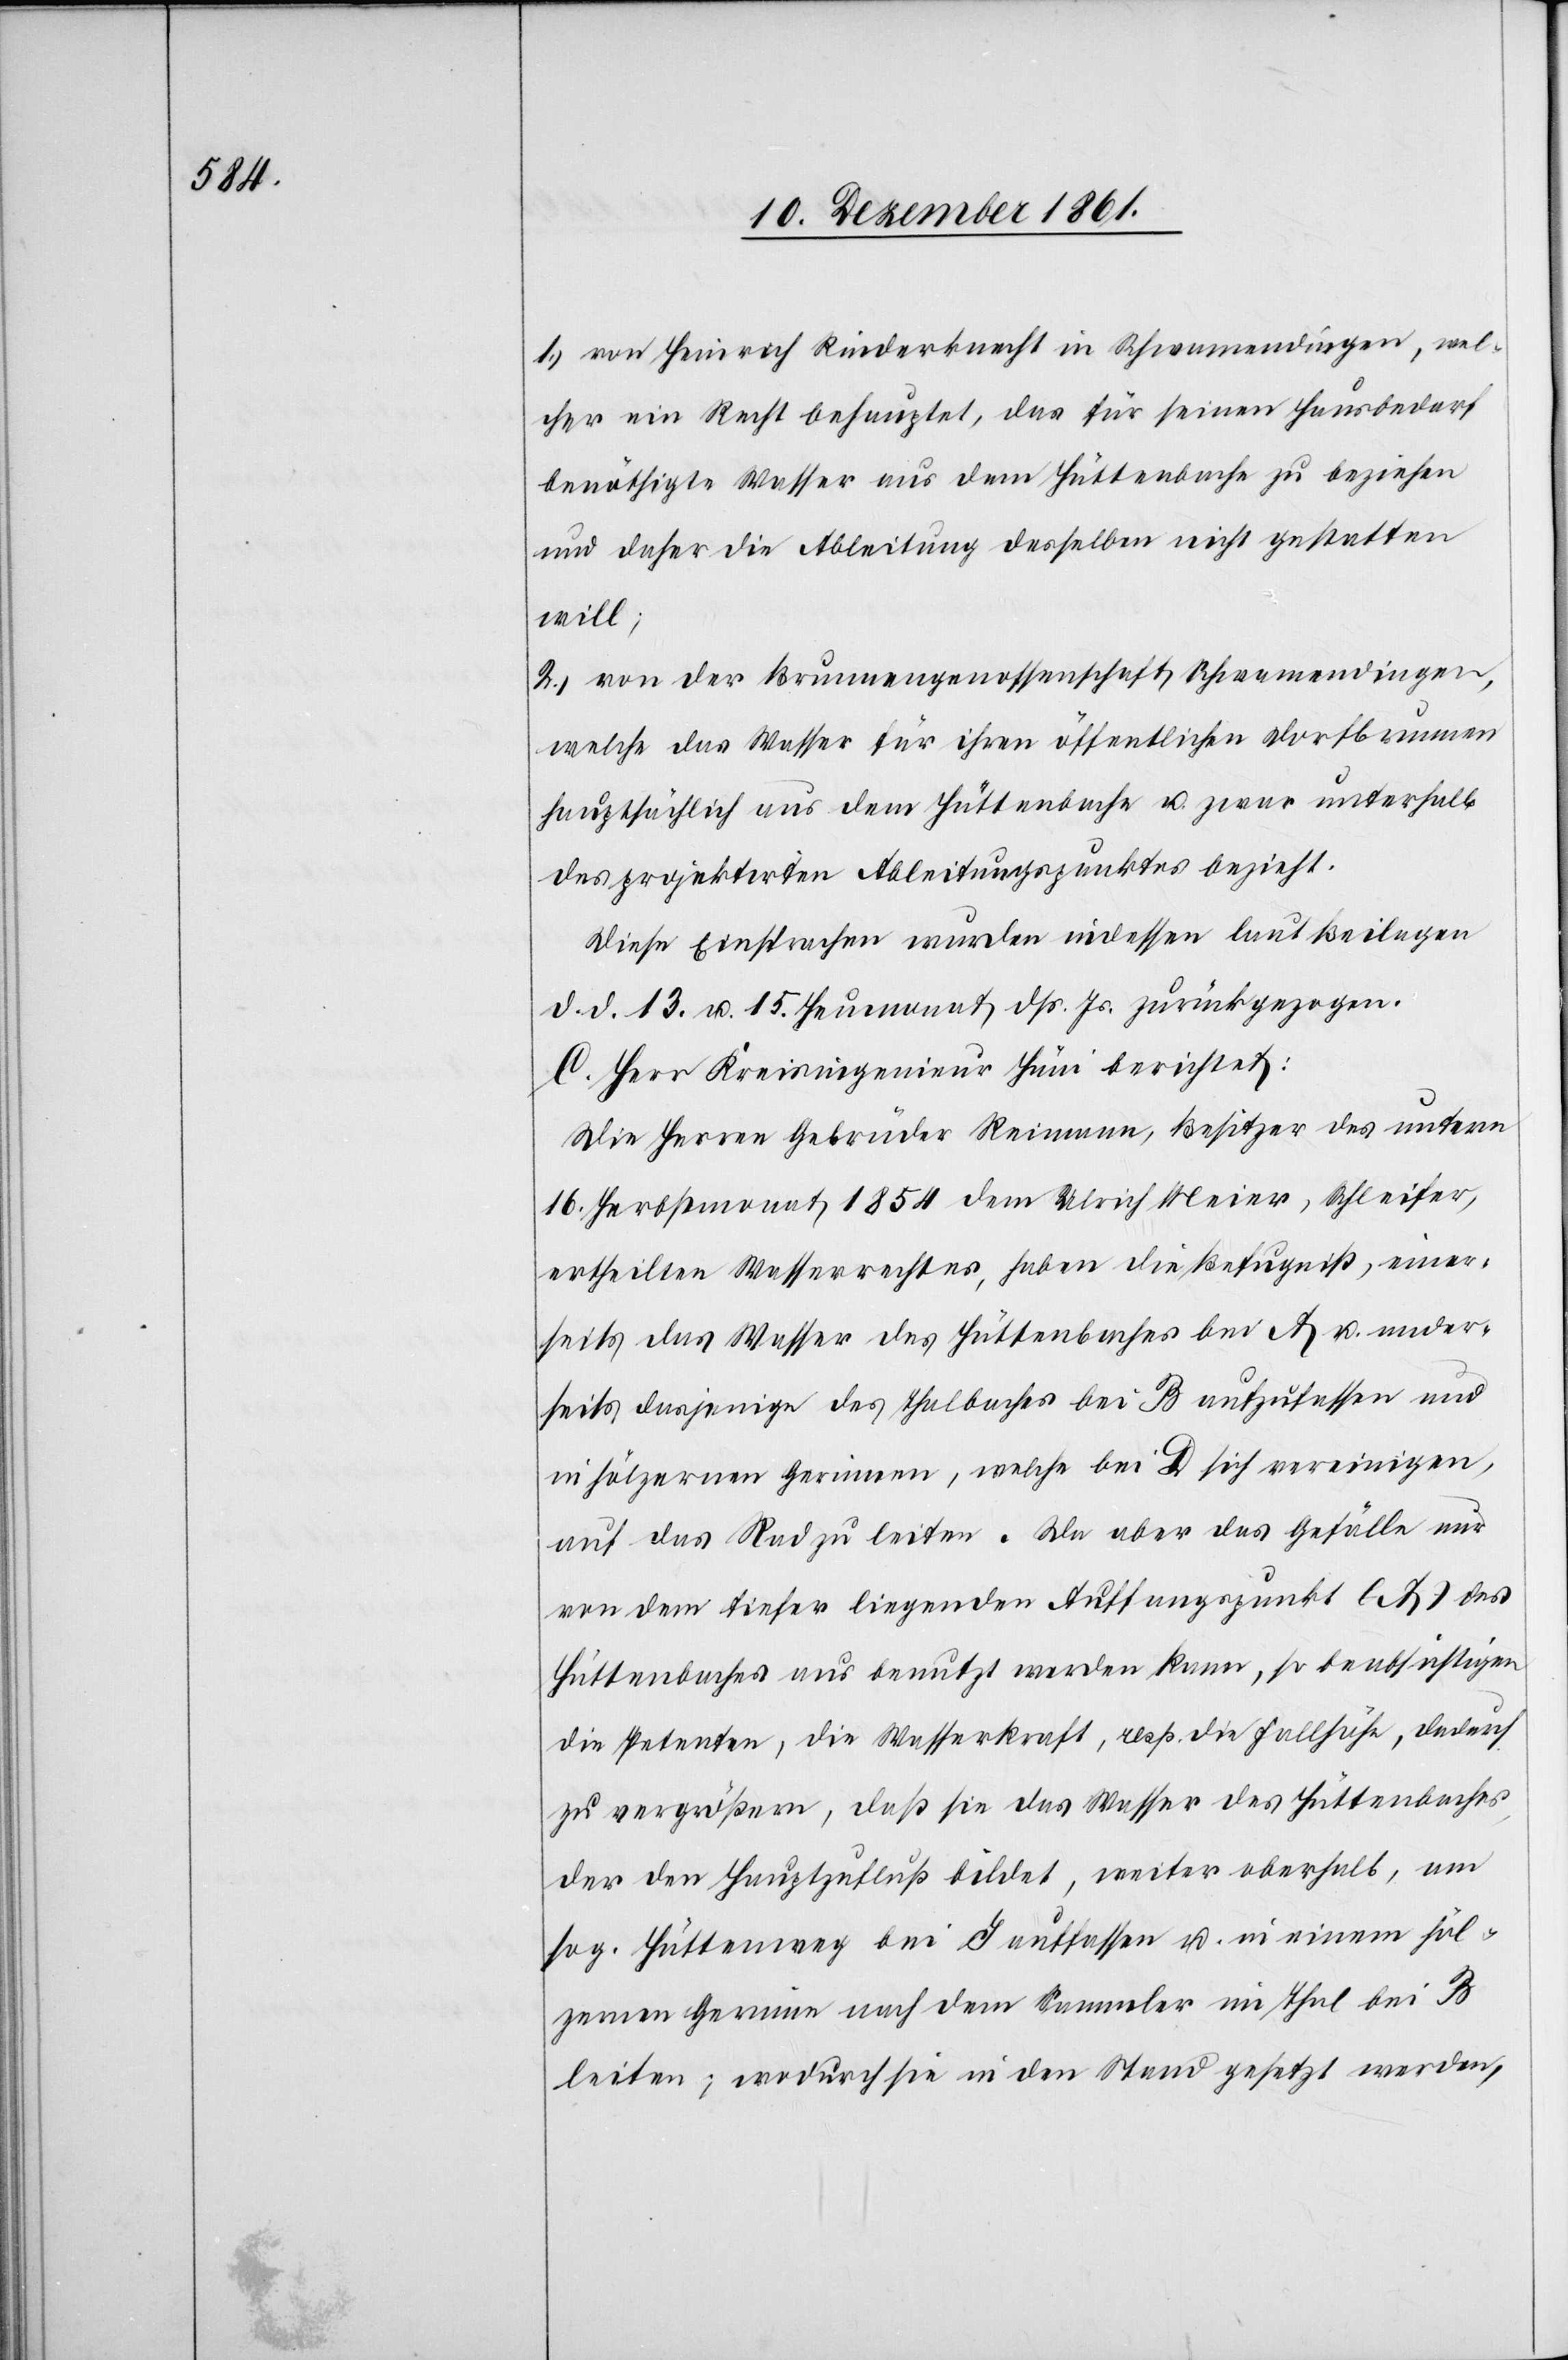
1.) von Heinrich Rinderknecht in Schwamendingen, wel¬
cher ein Recht behauptet, das für seinen Hausbedarf
benöthigte Wasser aus dem Hüttenbache zu beziehen
und daher die Ableitung desselben nicht gestatten
will;
2.) von der Brunnengenossenschaft Schwamendingen,
welche das Wasser für ihren öffentlichen Dorfbrunnen
hauptsächlich aus dem Hüttenbache u. zwar unterhalb
des projektirten Ableitungspunktes bezieht.
Diese Einsprachen wurden indessen laut Beilagen
d. d. 13 u. 15 Heumonat dß. Js. zurückgezogen.
C. Herr Kreisingenieur Hüni berichtet:
Die Herren Gebrüder Reimann, Besitzer des unterm
16 Herbstmonat 1854 dem Ulrich Meier, Schleifer,
ertheilten Wasserrechtes, haben die Befugniß, einer¬
seits das Wasser des Hüttenbaches bei A u. ander¬
seits dasjenige des Thalbaches bei B aufzufassen und
in hölzernen Gerinnen, welche bei D sich vereinigen,
auf das Rad zu leiten. Da aber das Gefälle nur
von dem tiefer liegenden Auffangspunkt (A.) des
Hüttenbaches aus benutzt werden kann, so beabsichtigen
die Petenten, die Wasserkraft, resp. die Fallhöhe, dadurch
zu vergrößern, daß sie das Wasser des Hüttenbaches,
der den Hauptzufluß bildet, weiter oberhalb, am
sog. Hüttenweg bei J auffassen u. in einem höl¬
zernen Gerinne nach dem Sammler im Thal bei B
leiten; wodurch sie in den Stand gesetzt werden,